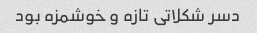
دسر شکلاتی تازه و خوشمزه بود